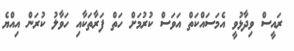
ރައީސް ވިދާޅުވީ އެމަސައްކަތް އަވަސް ކުރުމަށް ހަތް ފަރާތަކާއި ހަވާލު ކުރަން އިއްޔެ